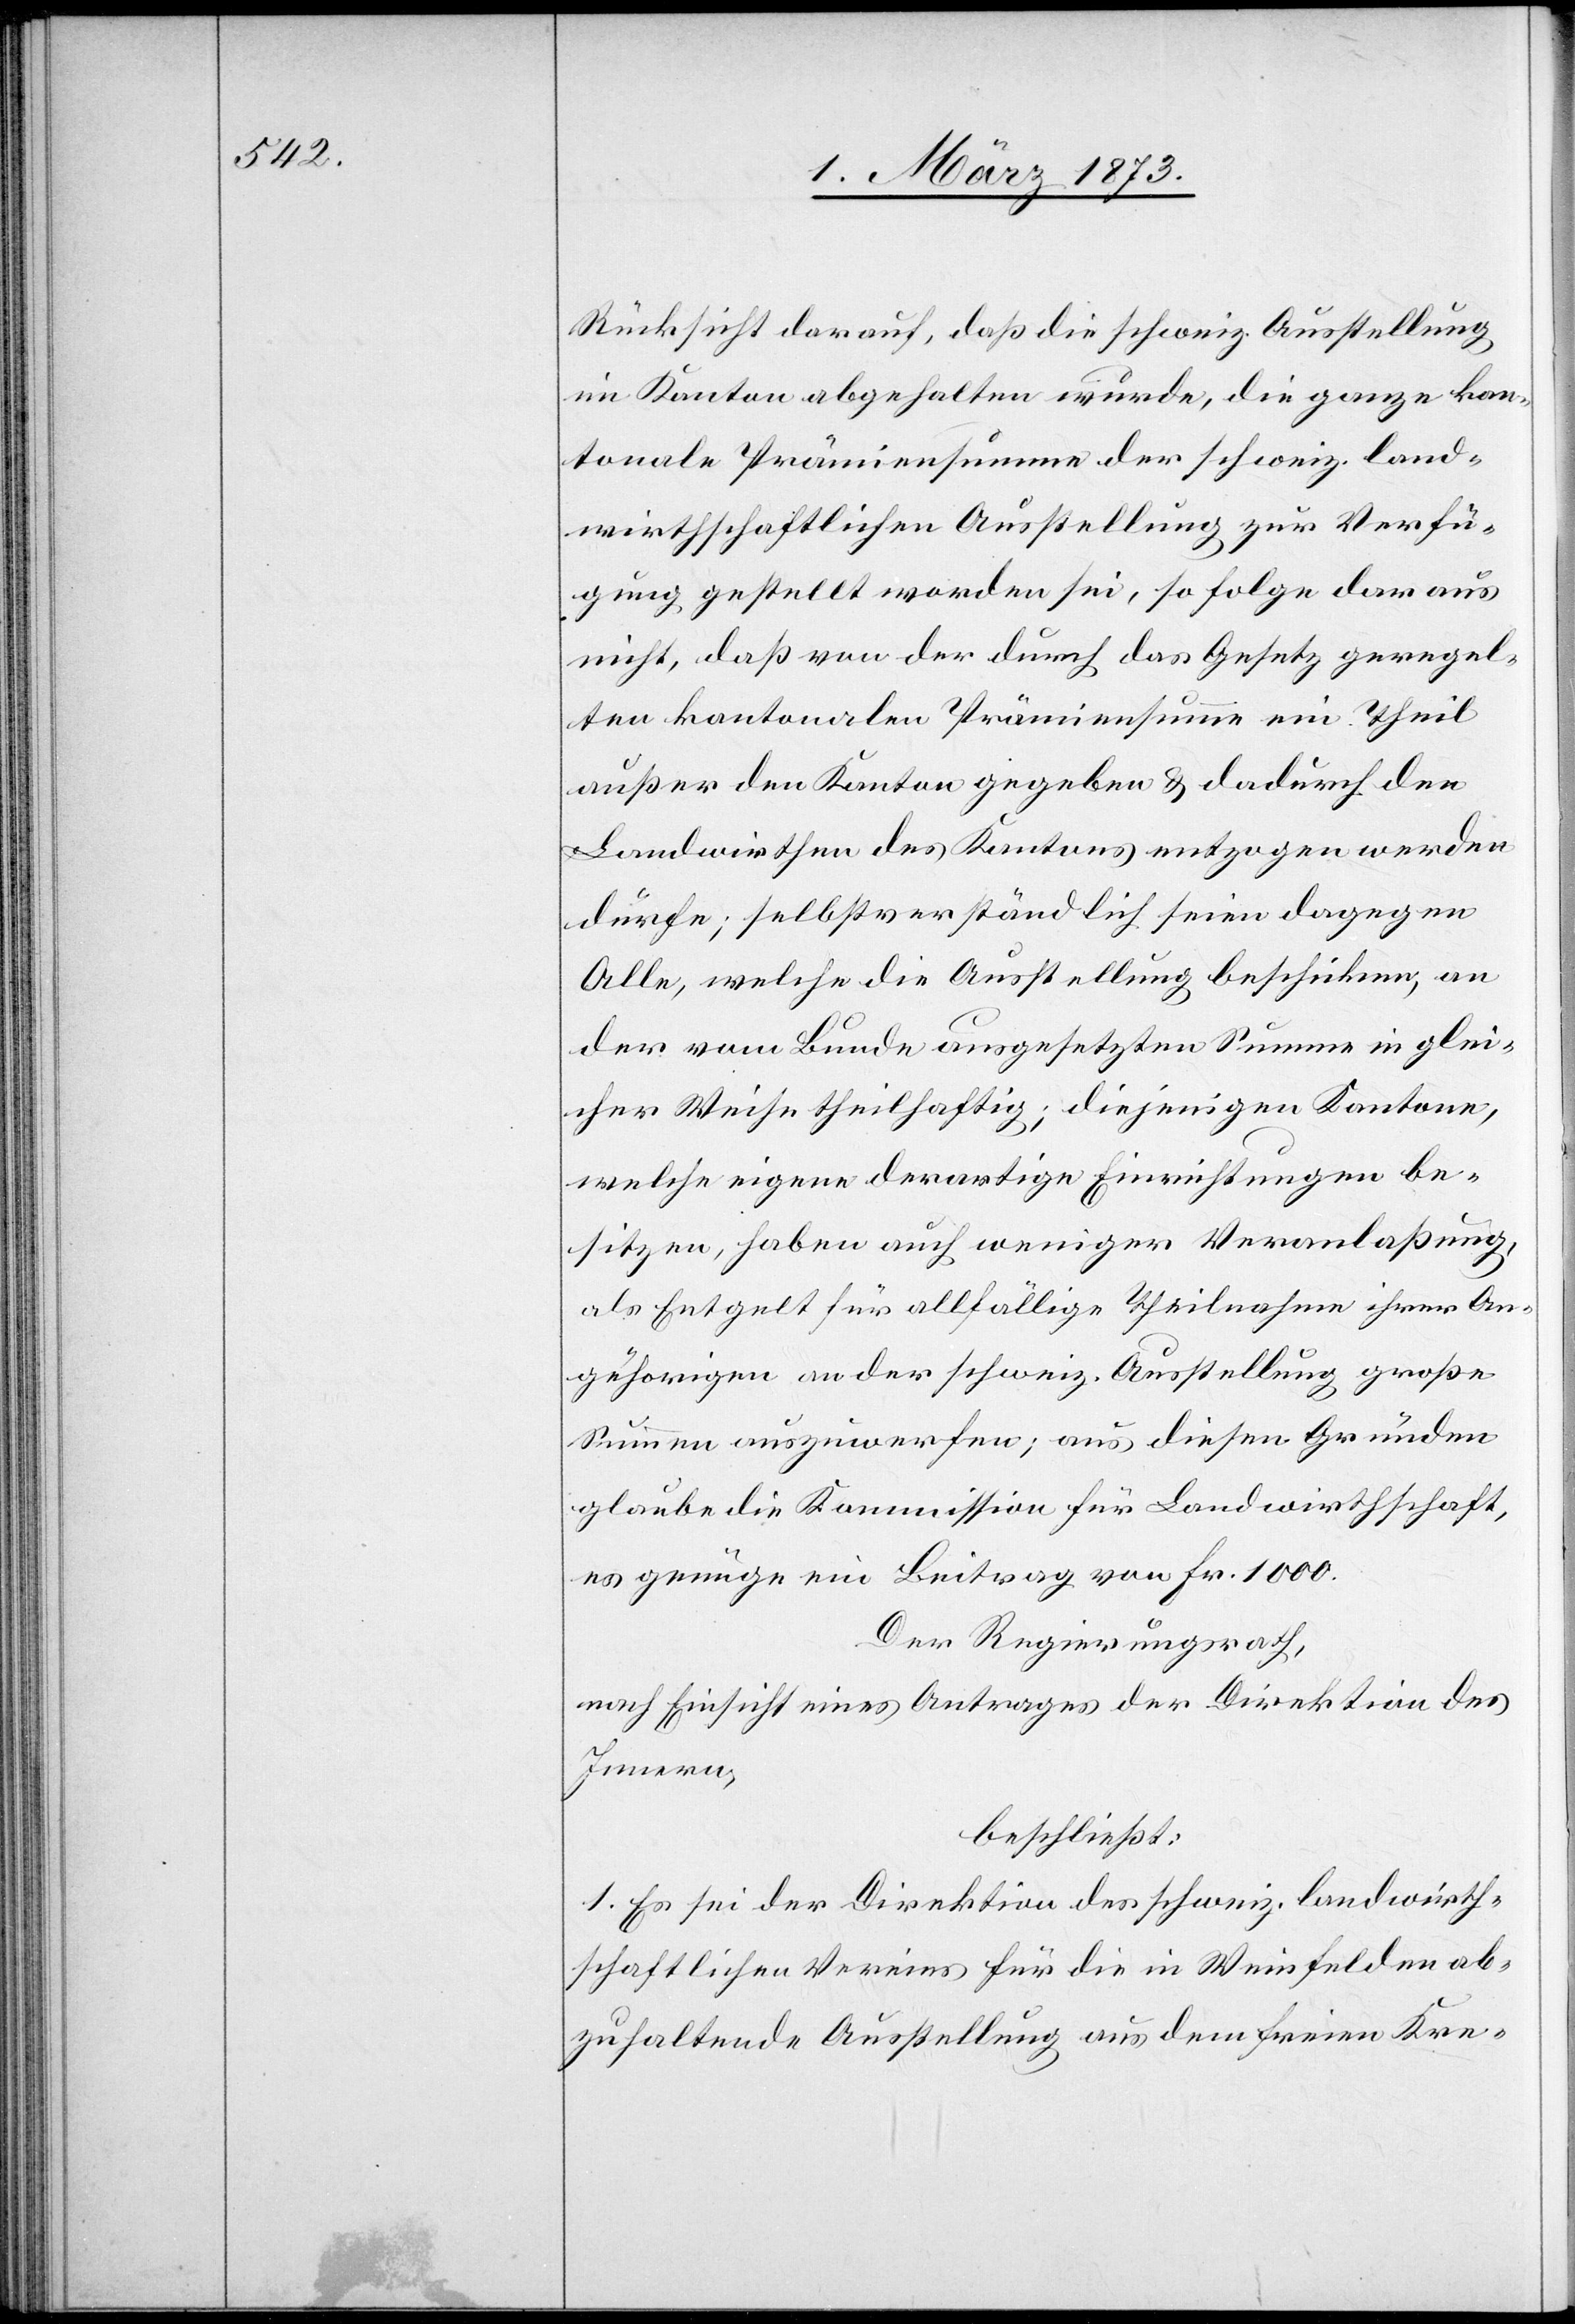
Rücksicht darauf, daß die schweiz. Ausstellung
im Kanton abgehalten wurde, die ganze kan¬
tonale Prämiensumme der schweiz. land¬
wirthschaftlichen Ausstellung zur Verfü¬
gung gestellt worden sei, so folge daraus
nicht, daß von der durch das Gesetz geregel¬
ten kantonalen Prämiensumme ein Theil
außer den Kanton gegeben u. dadurch den
Landwirthen des Kantons entzogen werden
dürfe; selbstverständlich seien dagegen
Alle, welche die Ausstellung beschicken, an
der vom Bunde ausgesetzten Summe in glei¬
cher Weise theilhaftig; diejenigen Kantone,
welche eigene derartige Einrichtungen be¬
sitzen, haben auch weniger Veranlaßung,
als Entgelt für allfällige Theilnahme ihrer An¬
gehörigen an der schweiz. Ausstellung große
Summen auszuwerfen, aus diesen Gründen
glaube die Kommission für Landwirthschaft,
es genüge ein Beitrag von Fr. 1000.
Der Regierungsrath,
nach Einsicht eines Antrages der Direktion des
Innern,
beschließt:
1. Es sei der Direktion des schweiz. landwirth¬
schaftlichen Vereins für die in Weinfelden ab¬
zuhaltende Ausstellung aus dem freien Kre-